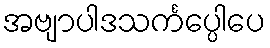
အဗျာပါဒသင်္ကပ္ပေါပေ